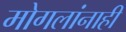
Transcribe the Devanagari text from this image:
मोगलांनाही